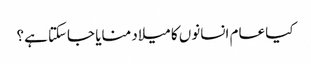
کیا عام انسانوں کا میلاد منایا جاسکتا ہے؟